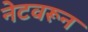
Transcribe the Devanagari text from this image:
नेटवरून